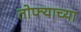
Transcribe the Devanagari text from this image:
तोफ्याच्या